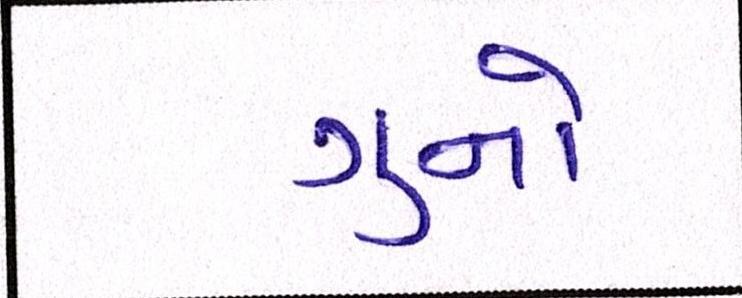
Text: ગુનો